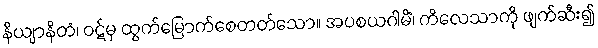
နိယျာနိတံ၊ ဝဋ်မှ ထွက်မြောက်စေတတ်သော။ အပစယဂါမိံ၊ ကိလေသာကို ဖျက်ဆီး၍